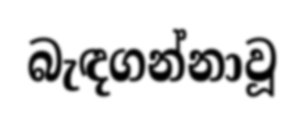
බැඳගන්නාවූ